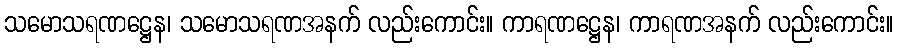
သမောသရဏဋ္ဌေန၊ သမောသရဏအနက် လည်းကောင်း။ ကာရဏဋ္ဌေန၊ ကာရဏအနက် လည်းကောင်း။